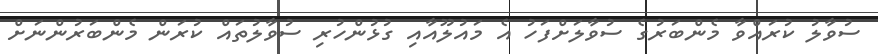
ސުވާލު ކުރައްވާ މެންބަރުގެ ސުވާލަށްފަހު އެ މައުލޫއާއި ގުޅުންހުރި ސުވާލުތައް ކުރަން މެންބަރުންނަށް